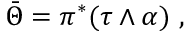
\bar { \Theta } = \pi ^ { * } ( \tau \wedge \alpha ) \ ,